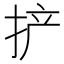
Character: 𫼪